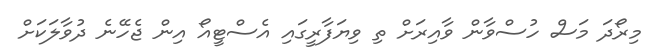
މިރޯދަ މަސް ހުސްވާން ވާއިރަށް ތި ވިޔަފާރީގައި އެސްޓީއޯ އިން ޖެހޭނެ ދުވާލަކަށް